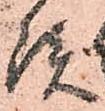
談